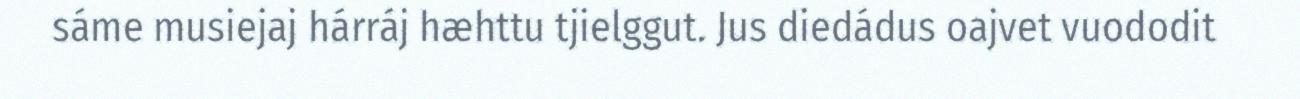
sáme musiejaj hárráj hæhttu tjielggut. Jus diedádus oajvet vuododit